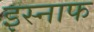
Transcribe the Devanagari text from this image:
इस्नाफ